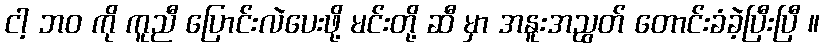
ငါ့ ဘဝ ကို ကူညီ ပြောင်းလဲပေးဖို့ မင်းတို့ ဆီ မှာ အနူးအညွတ် တောင်းခံခဲ့ပြီးပြီ ။